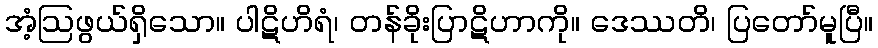
အံ့ဩဖွယ်ရှိသော။ ပါဋိဟိရံ၊ တန်ခိုးပြာဋိဟာကို။ ဒေဿတိ၊ ပြတော်မူပြီ။